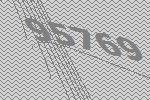
95769